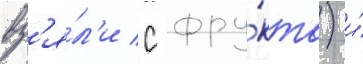
вз'я́л'и с фру́кта) и́